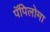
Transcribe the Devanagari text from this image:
पॅपिलोमा